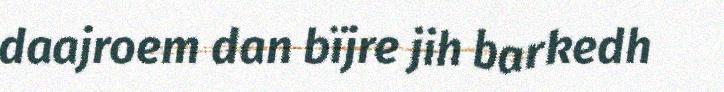
daajroem dan bïjre jih barkedh